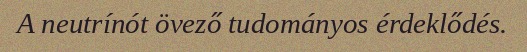
A neutrínót övező tudományos érdeklődés.